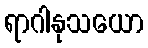
ရာဂါနုသယော